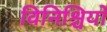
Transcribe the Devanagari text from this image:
विनिश्चियों